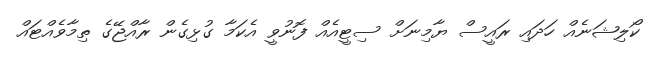
ކޯލިޝަނެއް ހަދައި ރައީސް ޔާމިނަށް ސިޓީއެއް ފޮނުވީ އެކަމާ ގުޅިގެން ރާއްޖޭގެ ތިމާވެއްޓައް